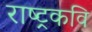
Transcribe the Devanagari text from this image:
राष्‍ट्रकवि